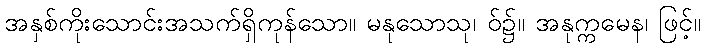
အနှစ်ကိုးသောင်းအသက်ရှိကုန်သော။ မနုသောသု၊ ဝ်၌။ အနုက္ကမေန၊ ဖြင့်။